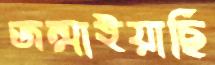
জন্মাইয়াছি